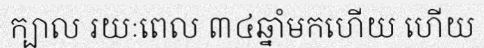
ក្បាល រយៈពេល ៣៤ឆ្នាំមកហើយ ហើយ